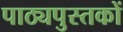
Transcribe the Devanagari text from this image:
पाठ्यपुस्‍तकों